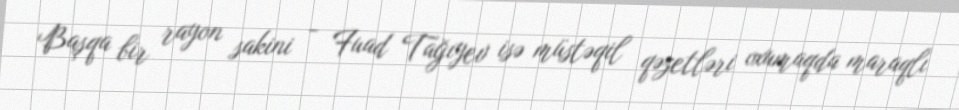
Başqa bir rayon sakini - Fuad Tağıyev isə müstəqil qəzetləri oxumaqda maraqlı